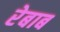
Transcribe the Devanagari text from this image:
रेबाब